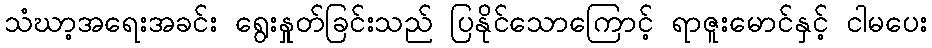
သံဃာ့အရေးအခင်း ရွေးနှုတ်ခြင်းသည် ပြနိုင်သောကြောင့် ရာဇူးမောင်နှင့် ငါမပေး